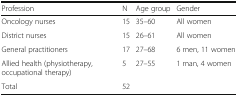
<table><thead><tr><td><b>Profession</b></td><td><b>N</b></td><td><b>Age group</b></td><td><b>Gender</b></td></tr></thead><tbody><tr><td>Oncology nurses</td><td>15</td><td>35–60</td><td>All women</td></tr><tr><td>District nurses</td><td>15</td><td>26–61</td><td>All women</td></tr><tr><td>General practitioners</td><td>17</td><td>27–68</td><td>6 men, 11 women</td></tr><tr><td>Allied health (physiotherapy, occupational therapy)</td><td>5</td><td>27–55</td><td>1 man, 4 women</td></tr><tr><td>Total</td><td>52</td><td></td><td></td></tr></tbody></table>